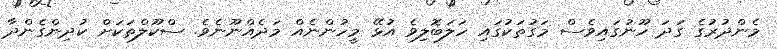
މެންދުރުގެ ގަދަ ހޫނުގައިވެސް މަގުތަކުގައި ހަލަބޮލިވެ އުޅޭ މީހުންނެއް މަދެއްނޫނެވެ. ސްކޫލްތަކަށް ކުދިންގެންދާ